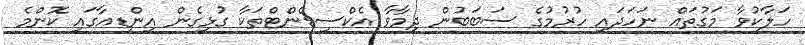
ހަލާކުވާ މަގުތައް ނަހަދައި ހުރުމުގެ ސަބަބުން ދިމާވާ އެކްސިޑެންޓްތަކާ ގުޅިގެން އިންޑިއާގައި ކޮންމެ